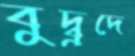
বুদ্বুদে